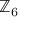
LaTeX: \mathbb { Z } _ { 6 }